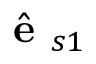
\hat { \textbf { e } } _ { s 1 }